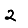
Digit: 2